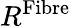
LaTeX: R^{\textrm{Fibre}}